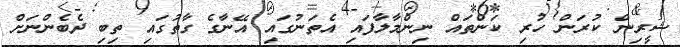
ޝީރިން ކުރަން ހުރި ކަންތައް ނިންމާލާފައި އެތަނުގައި އޭނާގެ ގާތުގައި ތިބި ދެބެންނަށް